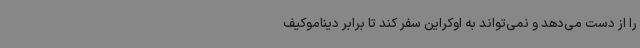
را از دست می‌دهد و نمی‌تواند به اوکراین سفر کند تا برابر دیناموکیف